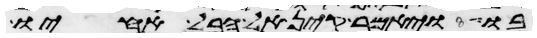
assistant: בו ויאמר קין אל הבל אחיו